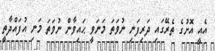
އެއީ އޮށުގެ ތެރޭގައި ދަރިފަނި ނުވަތަ މަނަވީ ޙައިވާން ނުވަތަ މަނި އުފައްދާތީ